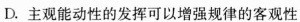
D.主观能动性的发挥可以增强规律的客观性